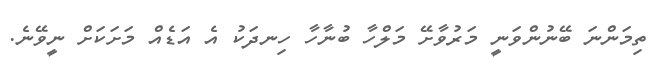
ތިމަންނަ ބޭނުންވަނީ މަރުވާށޭ މަލްހާ ބުނާހާ ހިނދަކު އެ އަޑެއް މަށަކަށް ނީވޭނެ.